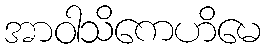
အာဝါသိကေဟိမေ